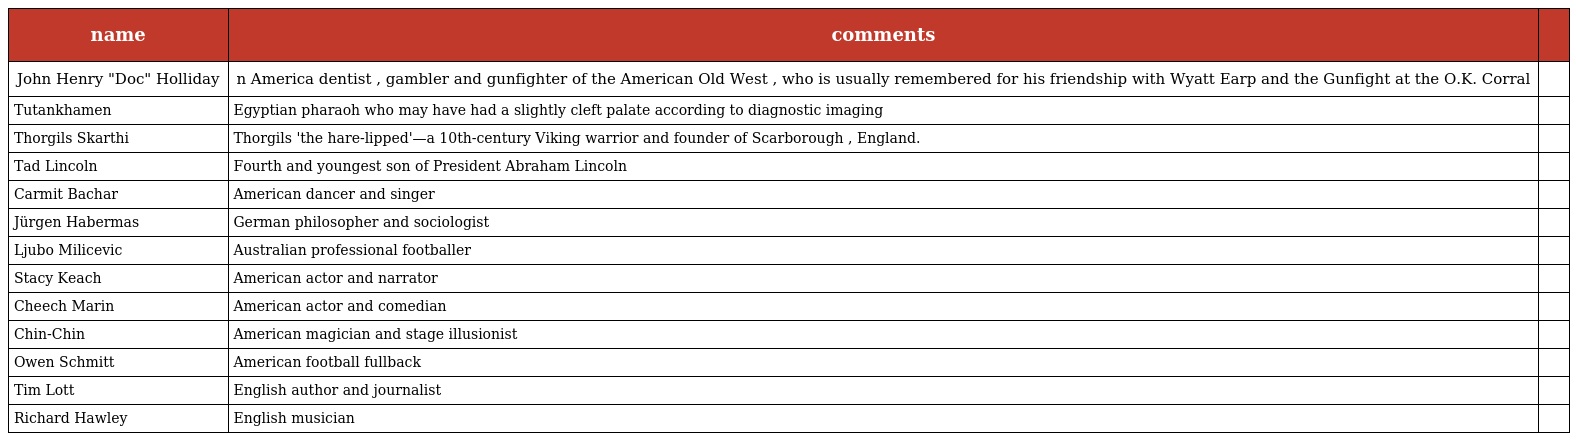
| name | comments |  |
 | --- | --- | --- |
 | John Henry "Doc" Holliday | n America dentist , gambler and gunfighter of the American Old West , who is usually remembered for his friendship with Wyatt Earp and the Gunfight at the O.K. Corral |  |
 | Tutankhamen | Egyptian pharaoh who may have had a slightly cleft palate according to diagnostic imaging |  |
 | Thorgils Skarthi | Thorgils 'the hare-lipped'—a 10th-century Viking warrior and founder of Scarborough , England. |  |
 | Tad Lincoln | Fourth and youngest son of President Abraham Lincoln |  |
 | Carmit Bachar | American dancer and singer |  |
 | Jürgen Habermas | German philosopher and sociologist |  |
 | Ljubo Milicevic | Australian professional footballer |  |
 | Stacy Keach | American actor and narrator |  |
 | Cheech Marin | American actor and comedian |  |
 | Chin-Chin | American magician and stage illusionist |  |
 | Owen Schmitt | American football fullback |  |
 | Tim Lott | English author and journalist |  |
 | Richard Hawley | English musician |  |